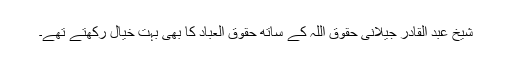
شیخ عبد القادر جیلانیؒ حقوق اللہ کے ساتھ حقوق العباد کا بھی بہت خیال رکھتے تھے۔